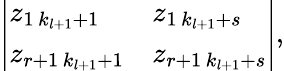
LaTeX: \begin{array}{r}{\left|\begin{array}{ll}{z_{1\, k_{l+1}+1}}&{z_{1\, k_{l+1}+s}}\\ {z_{r+1\, k_{l+1}+1}}&{z_{r+1\, k_{l+1}+s}}\end{array}\right|,}\end{array}